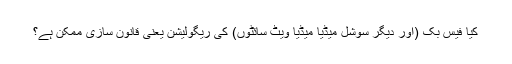
کیا فیس بک (اور دیگر سوشل میڈیا میڈیا ویٹ سائٹوں) کی ریگولیشن یعنی قانون سازی ممکن ہے؟